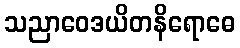
သညာဝေဒယိတနိရောဓေ